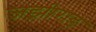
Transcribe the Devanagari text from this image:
जझीराड